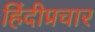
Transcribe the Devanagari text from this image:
हिंदीप्रचार